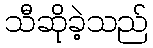
သီဆိုခဲ့သည်